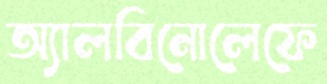
অ্যালবিনোলেফে